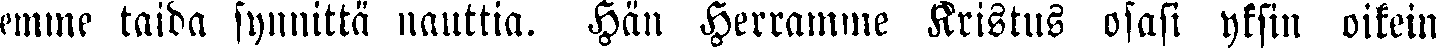
emme taida synnittä nauttia. Hän Herramme Kristus osasi yksin oikein